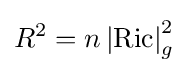
R^{2}=n\left\vert \operatorname {Ric} \right\vert _{g}^{2}